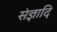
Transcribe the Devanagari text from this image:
संज्ञादि